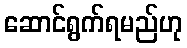
ဆောင်ရွက်ရမည်ဟု